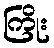
ကြိုး